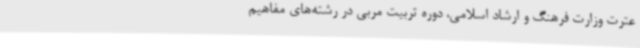
عترت وزارت فرهنگ و ارشاد اسلامی، دوره تربیت مربی در رشته‌های مفاهیم